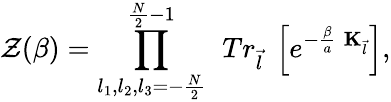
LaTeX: {\cal Z}(\beta)=\prod_{l_{1},l_{2},l_{3}=-\frac{N}{2}}^{\frac{N}{2}-1}\; \, Tr_{\vec{l}}\; \left[e^{-\frac{\beta}{a}\; {\mathbf K}_{\vec{l}}}\right],